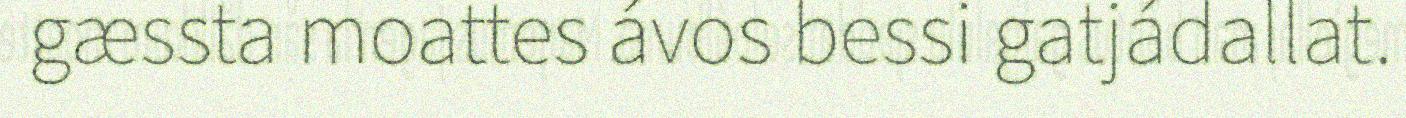
gæssta moattes ávos bessi gatjádallat.